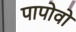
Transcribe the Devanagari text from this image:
पापोवो